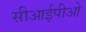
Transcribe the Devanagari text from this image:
सीआईपीओ